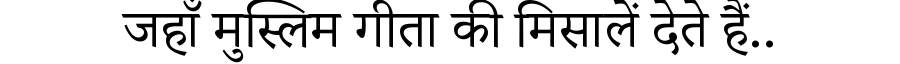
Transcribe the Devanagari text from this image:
जहाँ मुस्लिम गीता की मिसालें देते हैं..